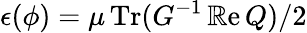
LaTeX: \epsilon(\phi)={\mu}\operatorname{Tr}(G^{-1}\operatorname{\mathbb{R}e}Q)/2